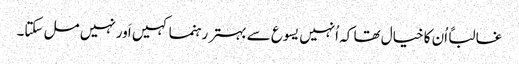
‏ غالباً اُن کا خیال تھا کہ اُنہیں یسوع سے بہتر رہنما کہیں اَور نہیں مل سکتا۔